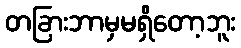
တခြားဘာမှမရှိတော့ဘူး